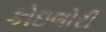
કોઇલોરી